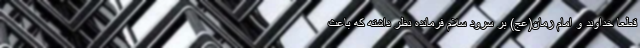
قطعاً خداوند و امام زمان(عج) بر سرود سلام فرمانده نظر داشته که باعث